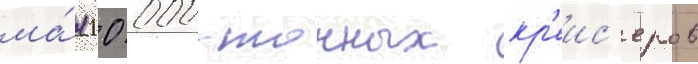
ма́я 10 000-тонных кр'еис'еров